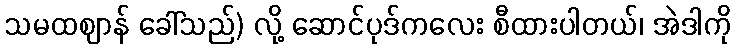
သမထဈာန် ခေါ်သည်) လို့ ဆောင်ပုဒ်ကလေး စီထားပါတယ်၊ အဲဒါကို